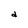
Character: d